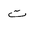
Letter: _ta